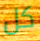
كل